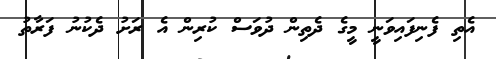
އެތި ފެނިފައިވަނީ މީގެ ދެތިން ދުވަސް ކުރިން އެ ރަށު ދެކުނު ފަރާތު